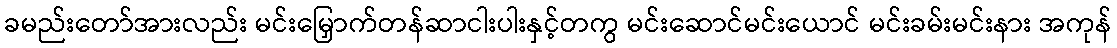
ခမည်းတော်အားလည်း မင်းမြှောက်တန်ဆာငါးပါးနှင့်တကွ မင်းဆောင်မင်းယောင် မင်းခမ်းမင်းနား အကုန်